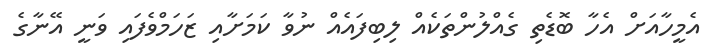
އެމީހާއަށް އެހާ ބޮޑެތި ގެއްލުންތަކެއް ލިބިފައެއް ނުވާ ކަމަށާއި ޒަހަމްވެފައި ވަނީ އޭނާގެ